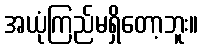
အယုံကြည်မရှိတော့ဘူး။